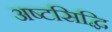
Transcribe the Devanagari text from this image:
अष्टसिद्धि